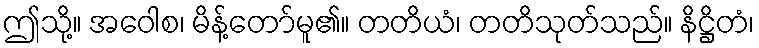
ဤသို့။ အဝေါစ၊ မိန့်တော်မူ၏။ တတိယံ၊ တတိသုတ်သည်။ နိဋ္ဌိတံ၊